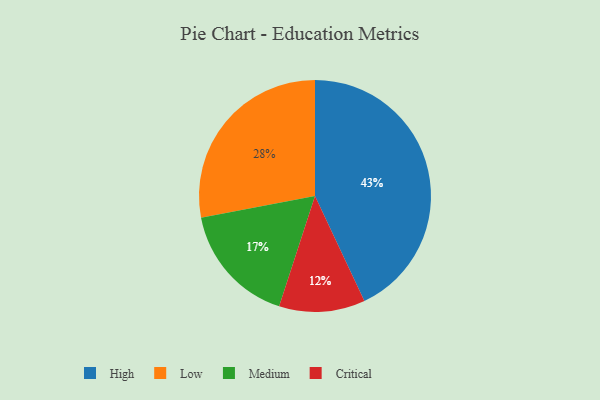
{"axis": {"x": "Category", "y": "Percentage"}, "legend": ["Critical", "High", "Low", "Medium"], "data": [{"x": "High", "y": 43, "type": "High"}, {"x": "Medium", "y": 17, "type": "Medium"}, {"x": "Critical", "y": 12, "type": "Critical"}, {"x": "Low", "y": 28, "type": "Low"}]}